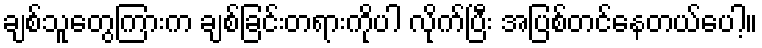
ချစ်သူတွေကြားက ချစ်ခြင်းတရားကိုပါ လိုက်ပြီး အပြစ်တင်နေတယ်ပေါ့။